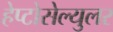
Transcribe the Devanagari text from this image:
हेप्टोसेल्युलर